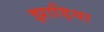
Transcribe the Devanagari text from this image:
झाड़िया